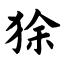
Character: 狳